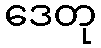
ဒေတု